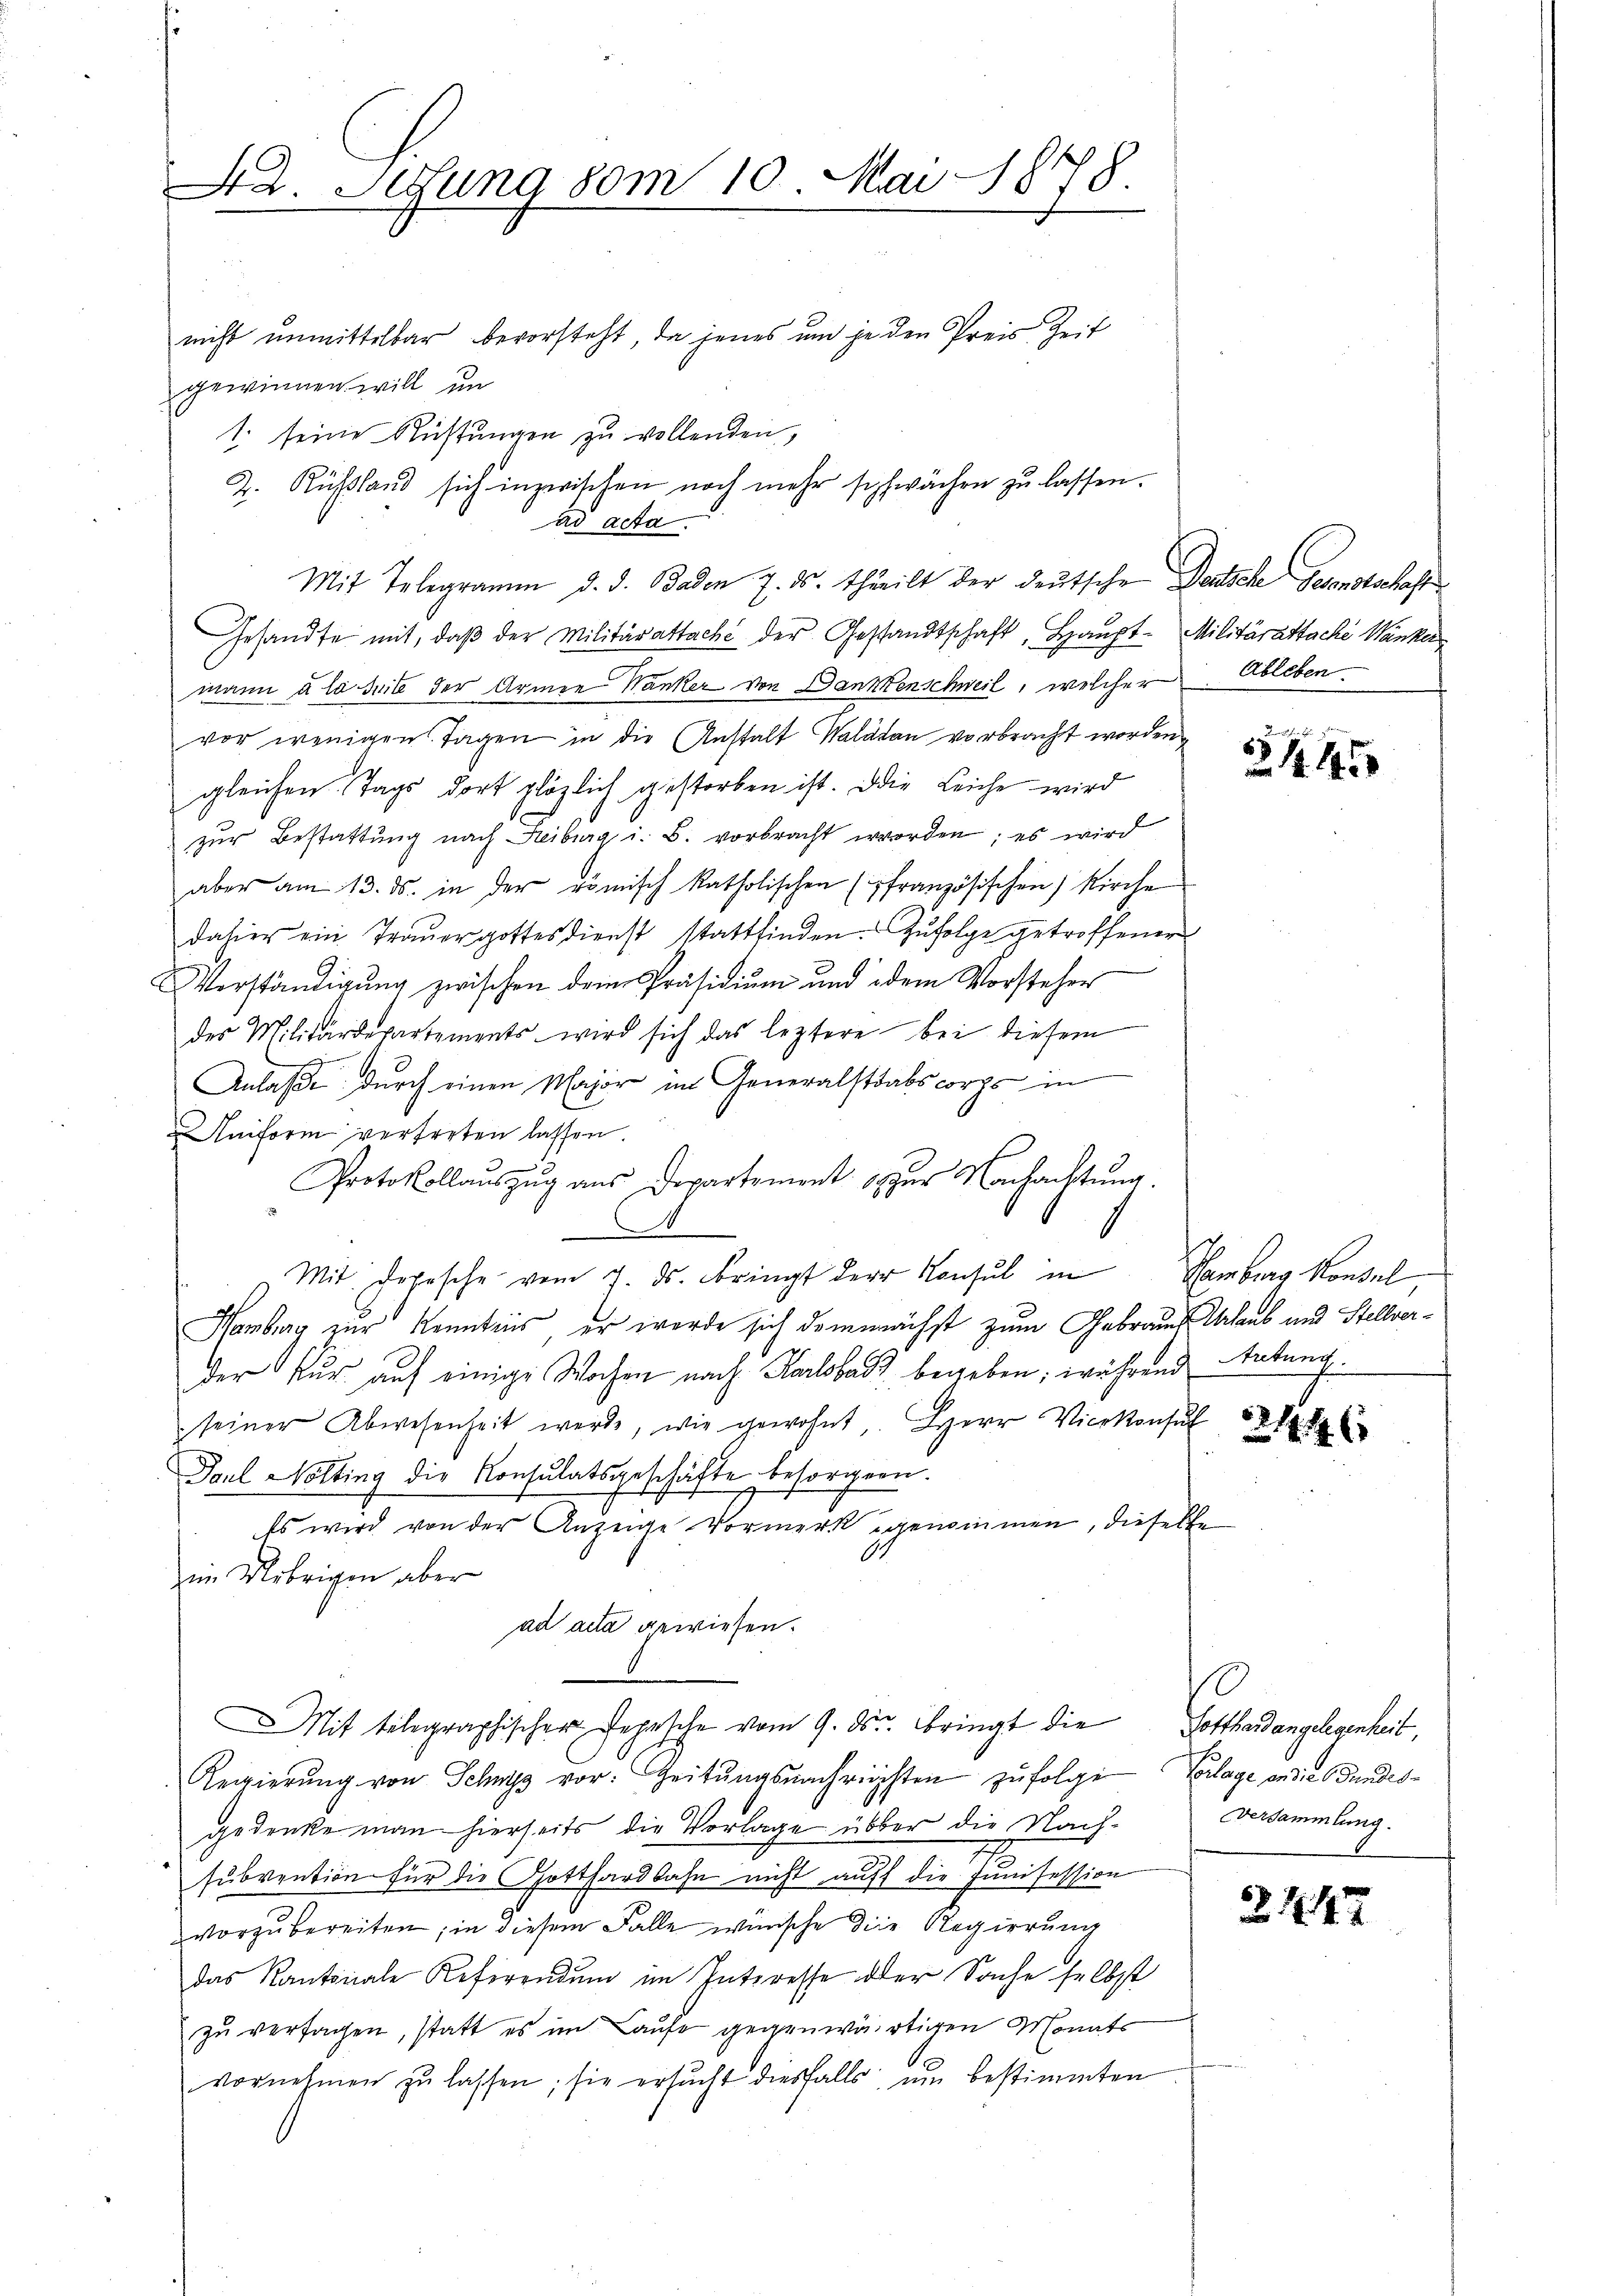
42. Setzung 80m 10. Mai 1878.

nicht unmittelbar bevorsteht, da jenes um jeden Preis Zeit
gewinnen will un
1. seine Rüstungen zu vollenden,
2. Russland sich inzwischen noch mehr schwächen zŭ lassen.
ad acta.
Mit Telegramm d. d. Baden 7. ds. theilt der deutsche Deutsche Gesansterlaßen
Gesandte mit, daβ der Militärattache der Gestandtschaft, Haupt-Militärattache Wanker
mann a la suis der Armen Wanker von Dankenschweil, welcher Ableben
vor wenigen Tagen in die Anstalt Kalatan vorbracht worden
gleichen Tags dort plözlich gestorben ist. Die Leiche wird
zur Bestattung nach Freiburg i. B. vorbracht worden; es wird
aber am 13. ds. in der römisch katholischen (französischen) Kirchen
dahier ein Traŭergottesdienst stattfinden. Zufolge getroffener
Verständigung zwischen dem Präsidium und dem Vorsteher
des Militärdepartements wird sich das leztere bei diesem
Anlaße durch einen Major in Generalstabscorps in
Aniform vertreten lassen.
Protokollaŭszŭg ans Departement zŭr Nachachtŭng.
1
A
Mit. Depesche vom 7. ds. Bringt der Konsul in Hamburg Konsul
Hamburg zur Kenntnis, er werde sich demnächst zum Gebrauch Urlaub und Stellverder Kur auf einige Wochen nach Karlsbad begeben; während Tatung.
seiner Abwesenheit werde, wie gewohnt Herr Vicekonsul
Paul Nölting die Konsulatsgeschäfte besorgern.
Es wird von der Anzeige Vormerk genommen, dieselbe
im Uebrigen aber
ad acta gewiesen.
Mit telegraphischer Pepische vom 9. ds. bringt die Gotthardangelegenheit,
Reigierŭng von Schwyz vor. Zeitŭngsnachrichten zŭfolge Vorlage an die Bundesgedenke man hierseits die Vorlage über die Nach-Versammlung.
2
subvention für die Gotthardbahn nicht auff die Junisession
vorzubereiten; in diesem Falle wünsche die Regierung
das Kantonale Referendum im Interesse der Sache selbst
zu versagen, statt es im Laufe gegenwärtigen Monats
vornehmen zŭ lassen; sie ersŭcht diesfalls um bestimmten

115

214. 46

2. 142